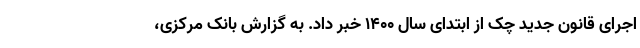
اجرای قانون جدید چک از ابتدای سال ۱۴۰۰ خبر داد. به گزارش بانک مرکزی،